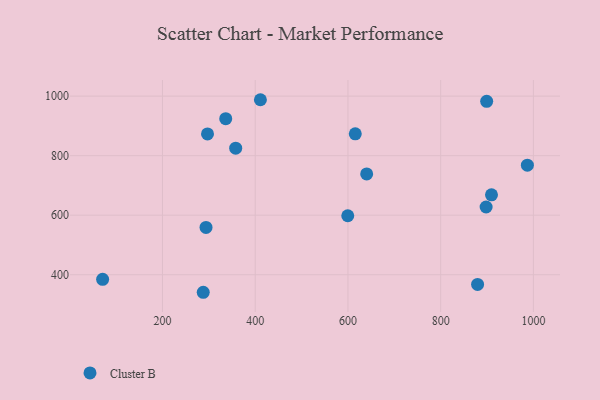
{"axis": {"x": "Price", "y": "Demand"}, "legend": ["Cluster B"], "data": [{"x": "615.8", "y": 873.2, "type": "Cluster B"}, {"x": "898.0", "y": 627.6, "type": "Cluster B"}, {"x": "879.6", "y": 367.5, "type": "Cluster B"}, {"x": "909.6", "y": 668.6, "type": "Cluster B"}, {"x": "357.9", "y": 825.0, "type": "Cluster B"}, {"x": "599.6", "y": 598.2, "type": "Cluster B"}, {"x": "899.2", "y": 982.5, "type": "Cluster B"}, {"x": "336.4", "y": 924.4, "type": "Cluster B"}, {"x": "411.2", "y": 987.9, "type": "Cluster B"}, {"x": "70.9", "y": 384.7, "type": "Cluster B"}, {"x": "297.1", "y": 873.0, "type": "Cluster B"}, {"x": "287.9", "y": 341.1, "type": "Cluster B"}, {"x": "987.0", "y": 767.9, "type": "Cluster B"}, {"x": "640.4", "y": 738.8, "type": "Cluster B"}, {"x": "293.9", "y": 559.0, "type": "Cluster B"}]}